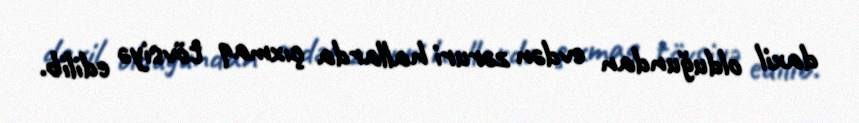
daxil olduğundan evdən zəruri hallarda çıxmaq tövsiyə edilib.